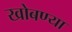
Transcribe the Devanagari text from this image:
खोबण्या